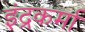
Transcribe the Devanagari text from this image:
इंद्रकर्मा